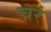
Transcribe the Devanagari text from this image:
चरं